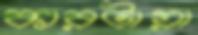
কারটায়া